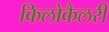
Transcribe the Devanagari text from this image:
किलोकैलरी